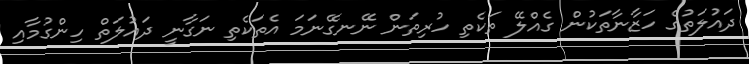
ދައުލަތުގެ ހަޒާނާތަކުން ގެއްލޭ ތަކެތި ހުރިތަން ނޭނގޭނަމަ އެތަކެތި ނަގާނީ ދައުލަތް ހިންގުމާއި